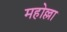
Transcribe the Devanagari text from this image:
महोल्ला